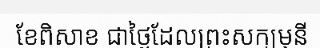
ខែពិសាខ ជាថ្ងៃដែលព្រះសក្យមុនី